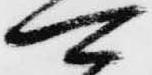
可